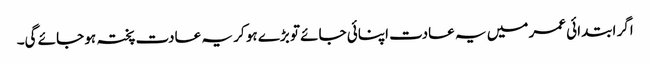
اگر ابتدائی عمر میں یہ عادت اپنائی جائے تو بڑے ہو کر یہ عادت پختہ ہو جائے گی۔